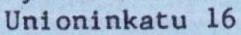
Unioninkatu 16